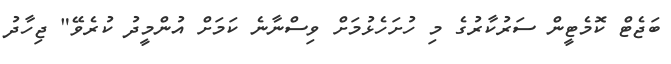
ބަޖެޓް ކޮމެޓީން ސަރުކާރުގެ މި ހުށަހެޅުމަށް ވިސްނާނެ ކަމަށް އުންމީދު ކުރެވޭ" ޖިހާދު